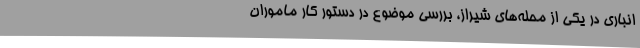
انباری در یکی از محله‌های شیراز، بررسی موضوع در دستور کار ماموران